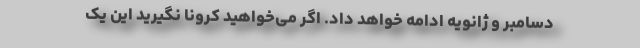
دسامبر و ژانویه ادامه خواهد داد. اگر می‌خواهید کرونا نگیرید این یک